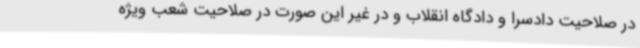
در صلاحیت دادسرا و دادگاه انقلاب و در غیر این صورت در صلاحیت شعب ویژه